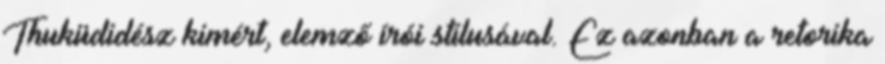
Thuküdidész kimért, elemző írói stílusával. Ez azonban a retorika